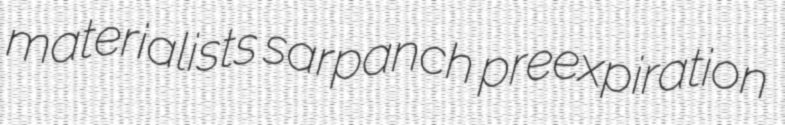
materialists sarpanch preexpiration